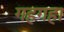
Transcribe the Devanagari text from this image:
गहगहा